Bréfritari: Sigurður Jónsson
Viðtakandi: Jón Borgfirðings Jónsson
Dagsetning: A-1858-01-16
Skrifað á: Möðrudal  N-Múl.

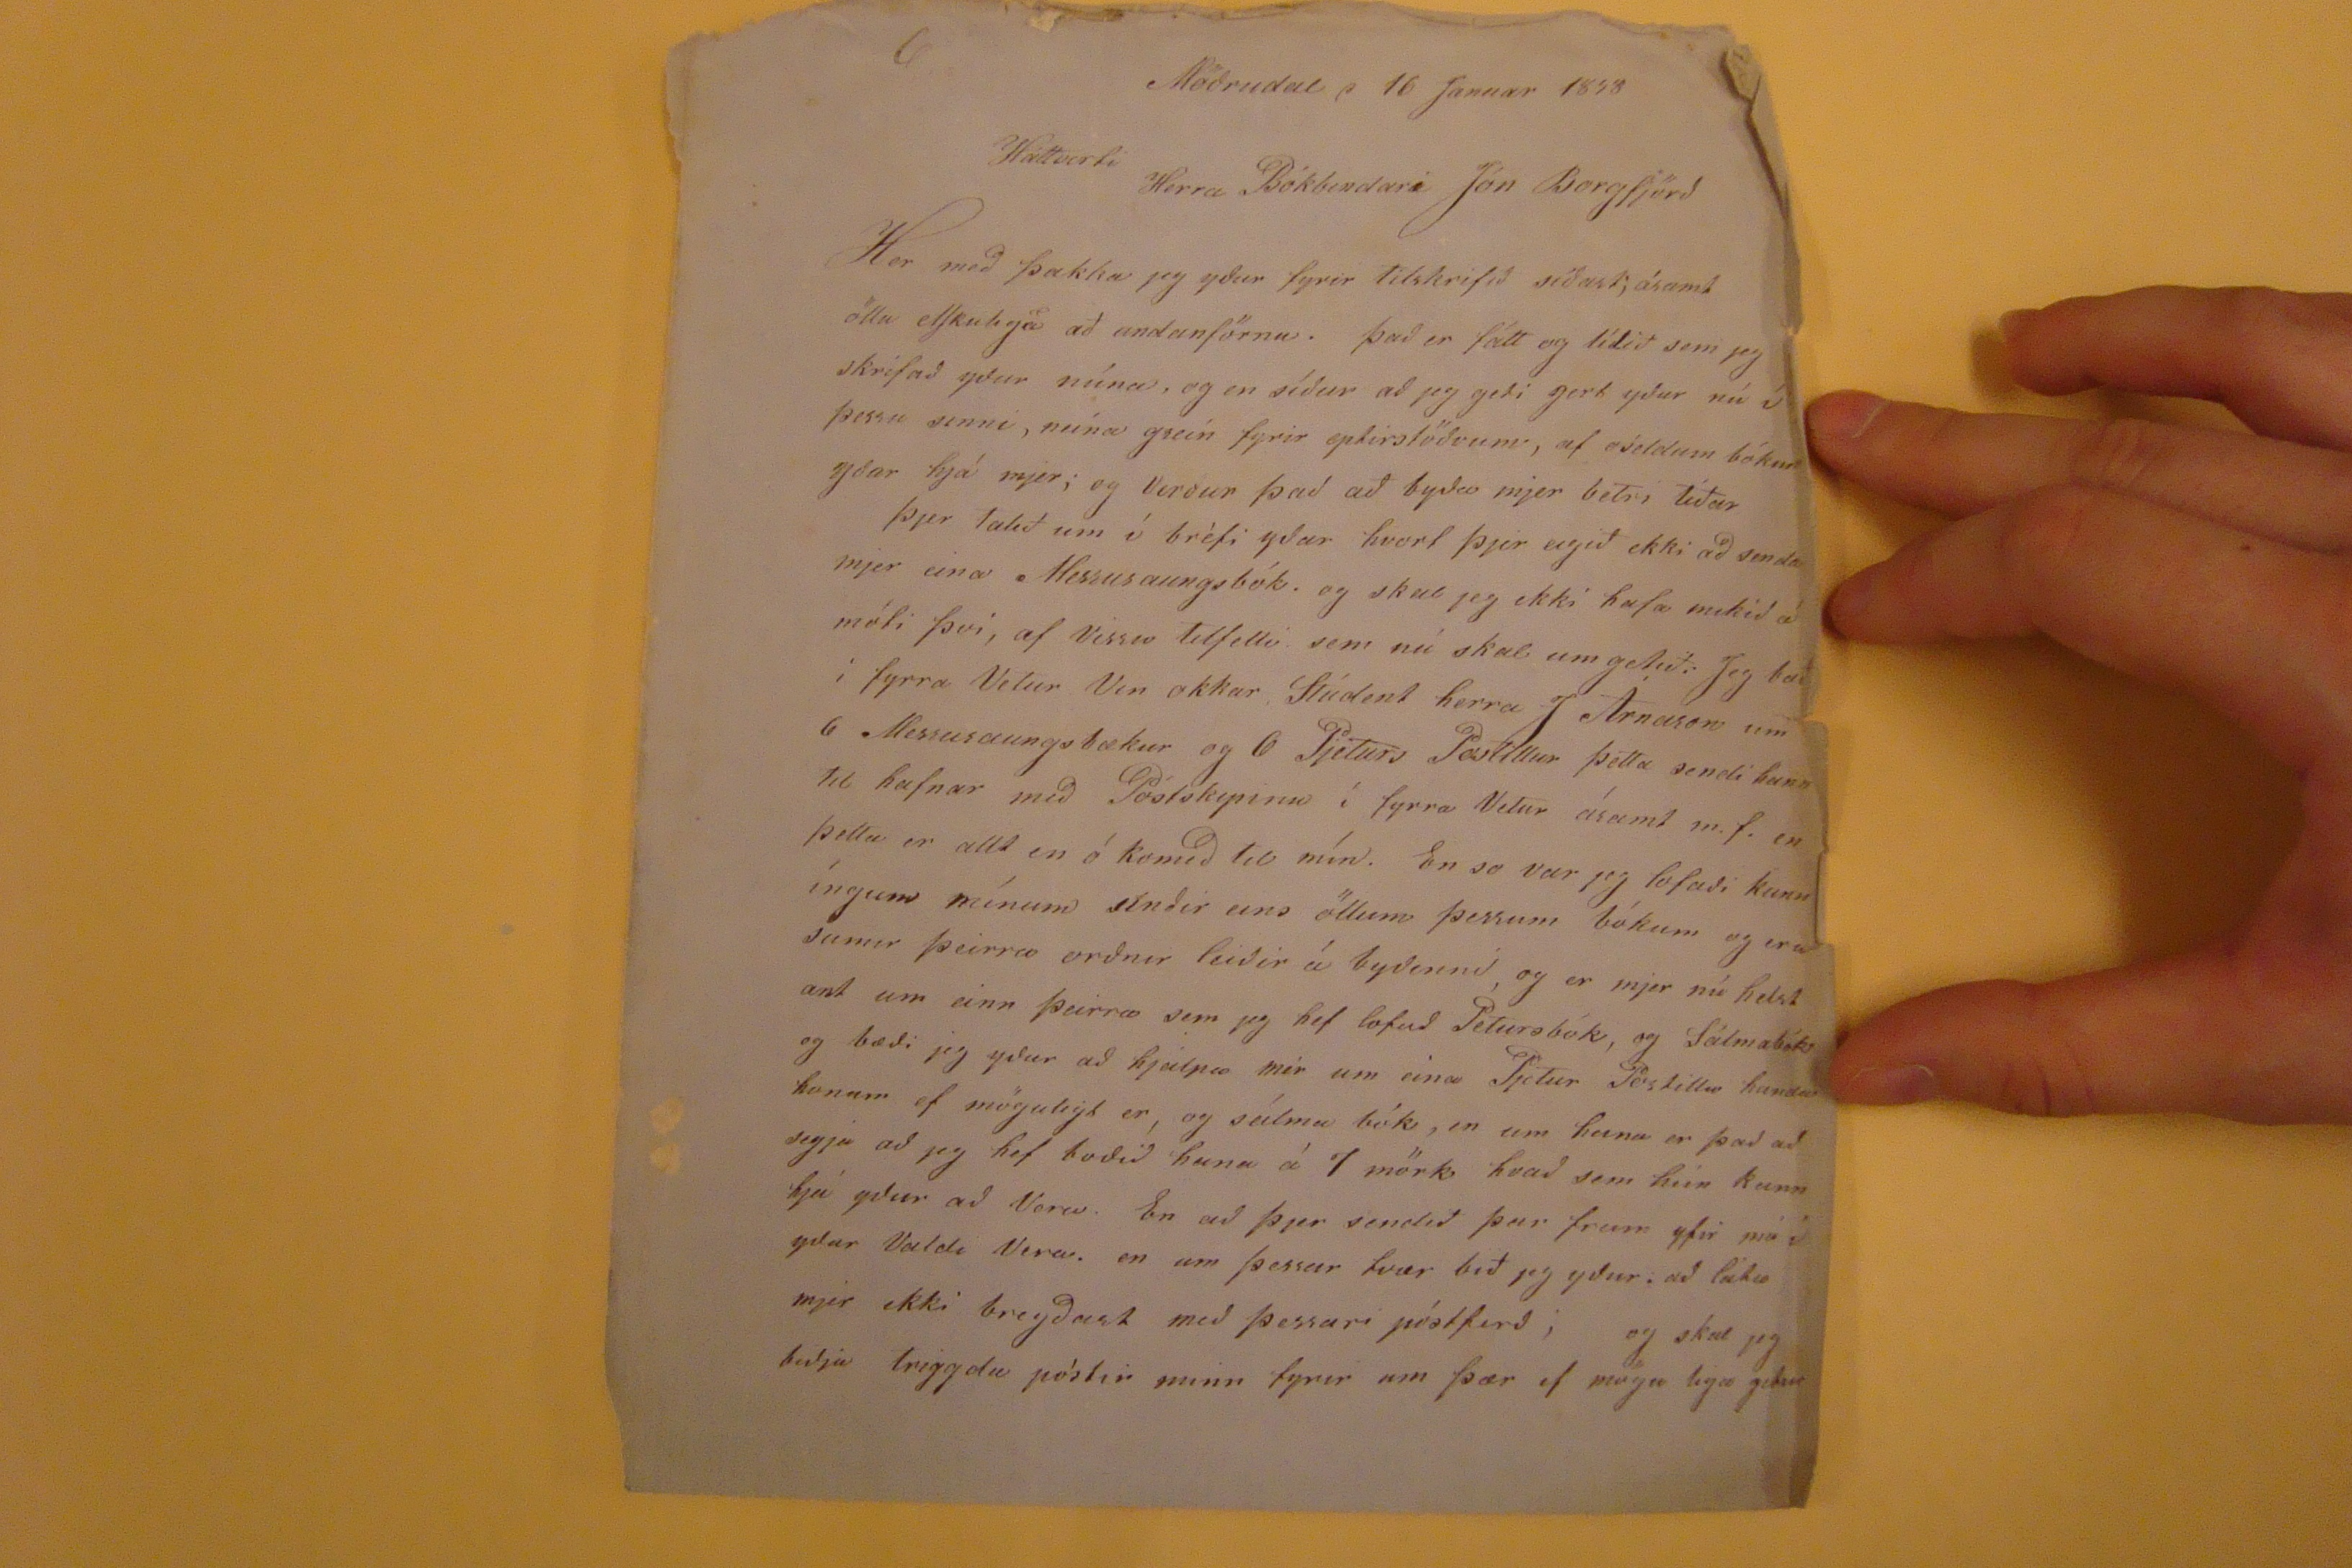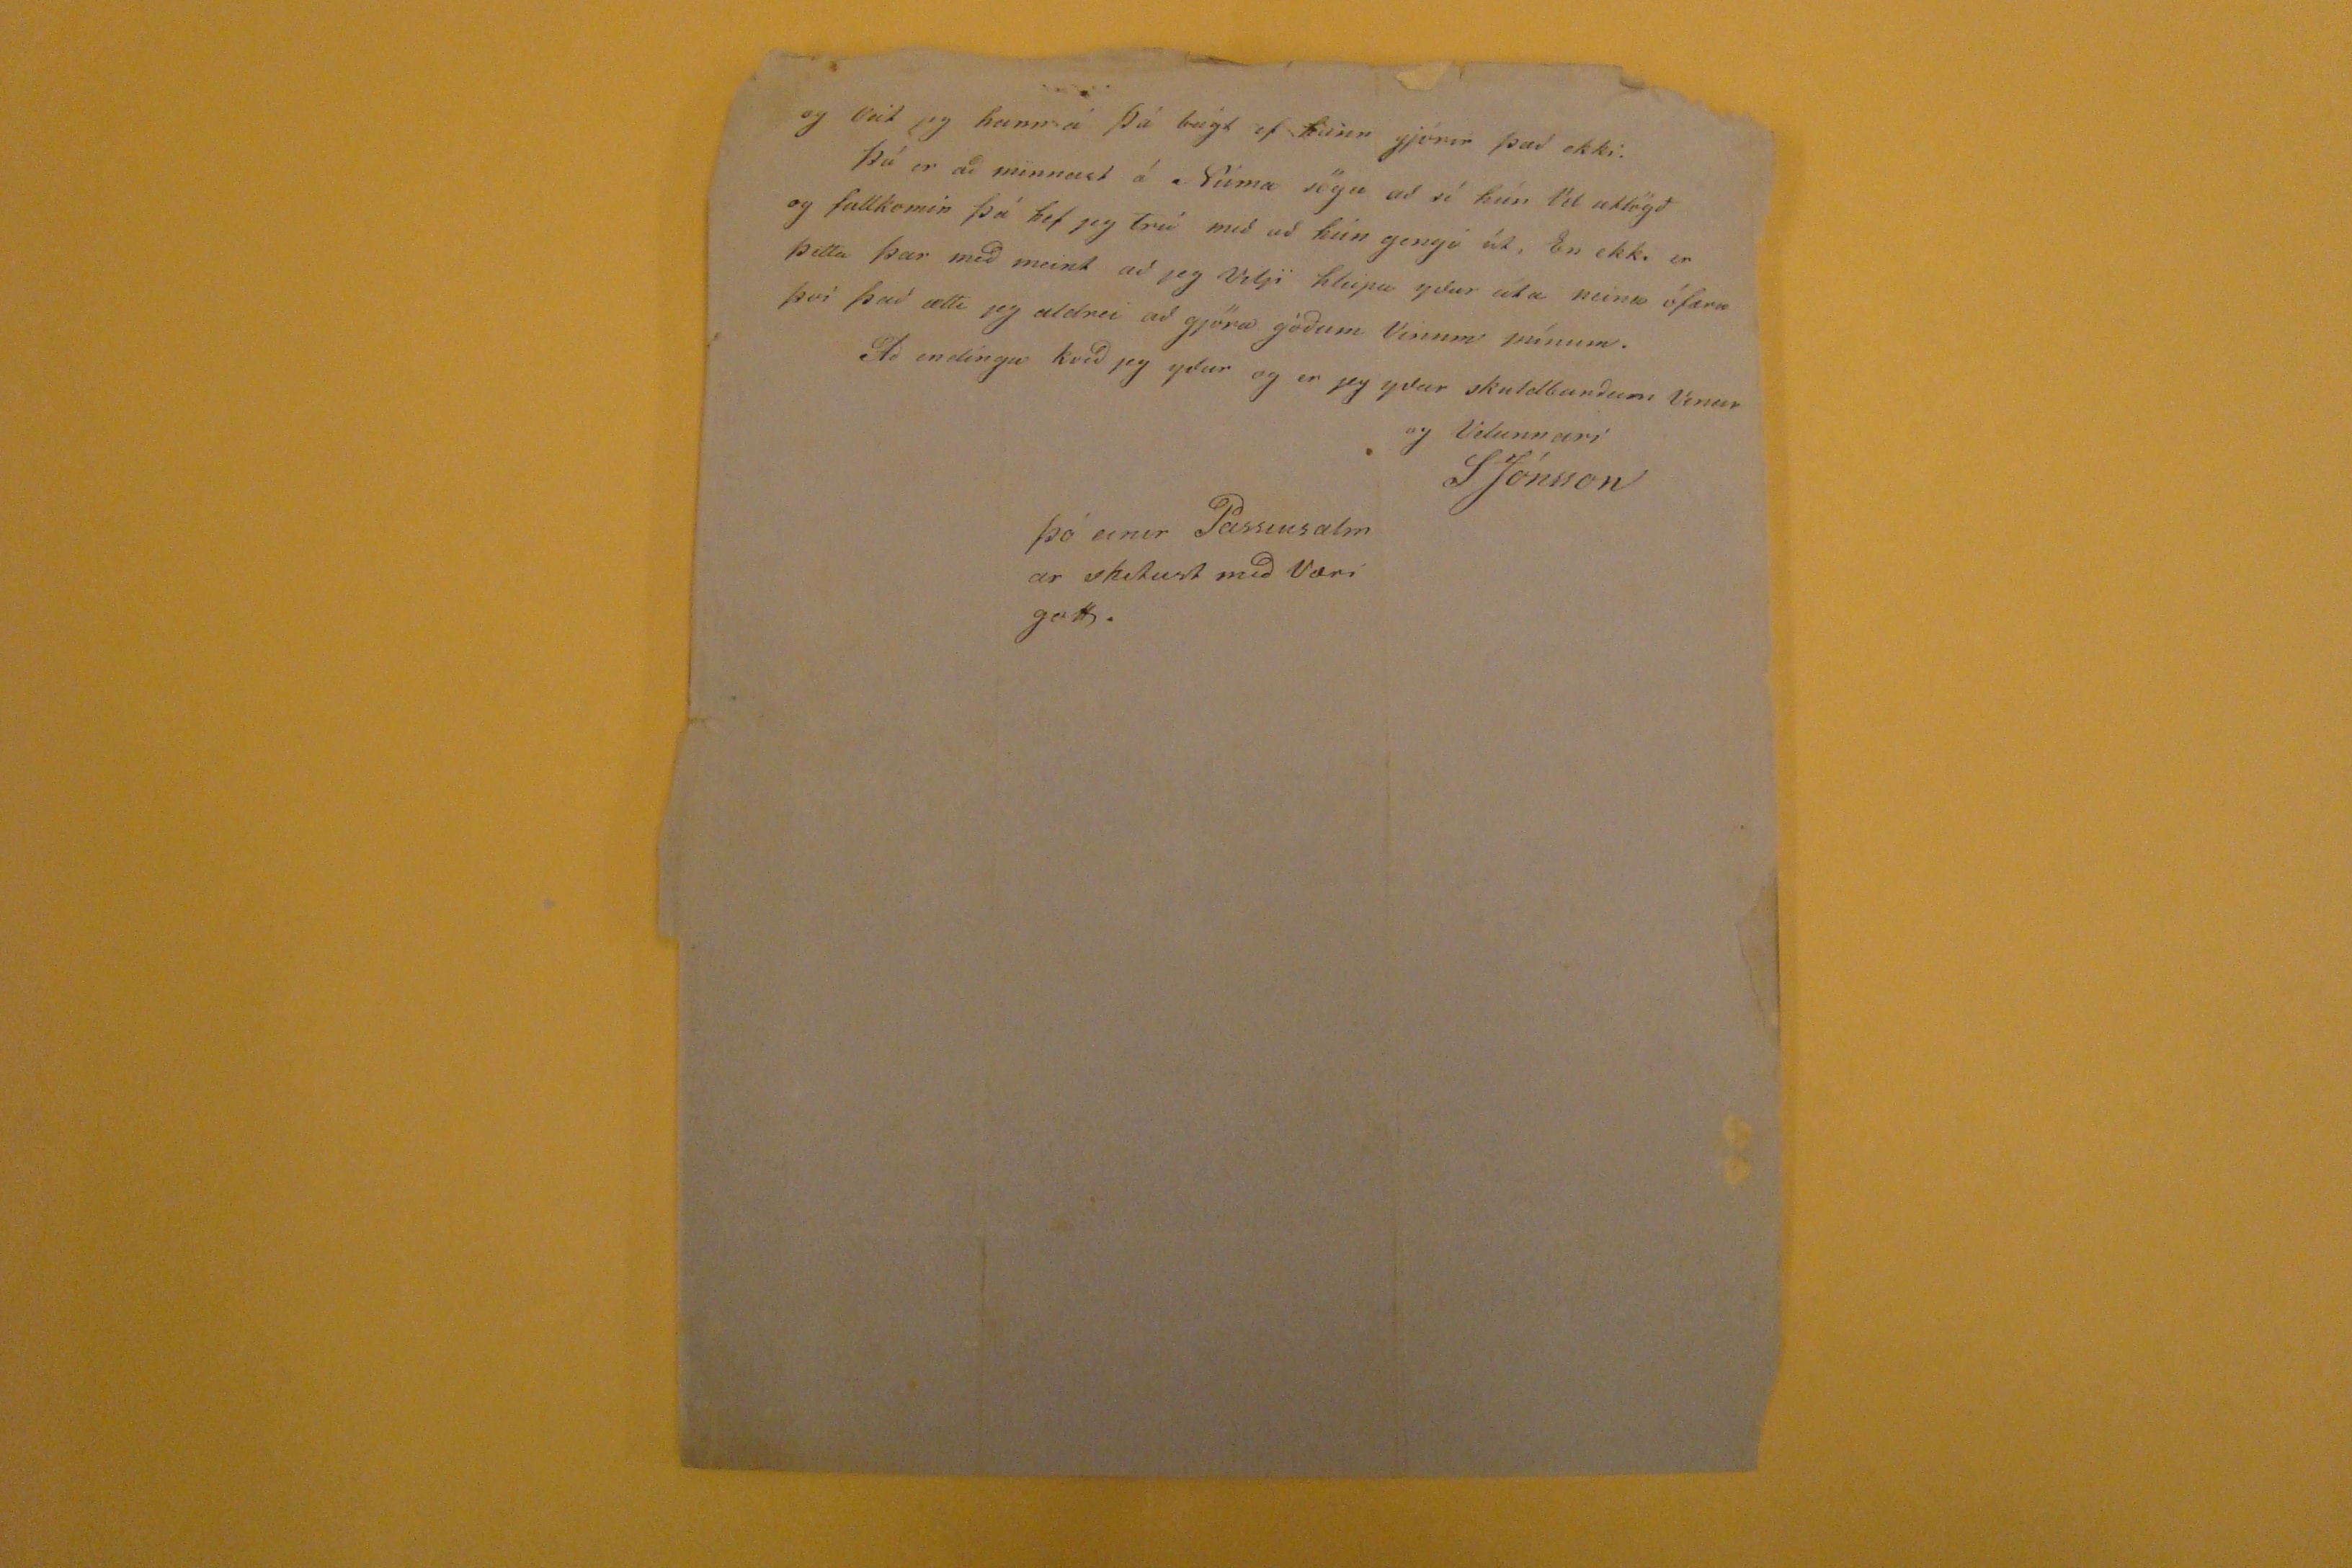

Möðrudal d 16 Januar 1858
Háttvirti Herra Bókbindari Jón Borgfjörð
Her með þakka jeg yður fyrir tilskrifið síðast; ásamt öllu elskulega að undanförnu. Það er fátt og lítið sem jeg skrifað yður núna, og en síður að jeg geti gert yður nú í þessu sinni, núna grein fyrir eptirstöðvum, af óseldum bókum yðar hjá mjer; og Verður það að byða mjer betr, tíðar þjer talið um í bréfi yðar hvort þjer eigið ekki að senda mjer eina Messusaungsbók. og skal jeg ekki hafa mikið á móti því, af vissu tilfelli sem nú skal um getið. Jeg bað í fyrra Vetur Vin okkar Stúdent herra J Árnason um 6 Messusaungsbækur og 6 Pjeturs Postillur þetta sendi hann til hafnar með Póstskipinu í fyrra Vetur ásamt m.f. en þetta er allt en ó komið til mín. En so var jeg lofaði kunníngum mínum sínðir eins öllum þessum bókum og eru sumir þeirra orðnir leiðir á byðinni, og er mjer nú helst ant um einn þeirra sem jeg hef lofað Pétursbók, og Sálmabók og bæði jeg yður að hjálpa mér um eina Pjetur Postillu handa honum ef mögulegt er, og sálma bók, en um hana er það að segja að jeg hef boðið hana á 7 mörk hvað sem hún kunn hjá yður að Vera. En að þjer sendið þar
frun
yfir má í ydar Valdi Vera. en um þessar tvær bið jeg yður: að láta mjer ekki bregðast með þessari póstferð; og skal jeg biðja triggdu póstir minn fyrir um þær ef mögu lega getur
og veit jeg hann á þá bágt ef hann gjörir það ekki. Þá er að minnast á Núma sögu að sé hún til utlögð og fullkomin þá hef jeg t´ru með að hún gengi út, En ekki er þetta þar með meint að jeg Vilji hleipa yðar úta neina ófæra því það ætti jeg aldrei að gjöra góðum Vinum mínum. Að endíngu kveð jeg yður og er jeg yðar skuldbunðum Vinur og Velunnari
SJónsson
þó einir Passiusalmar
sketust
með Væri gott.